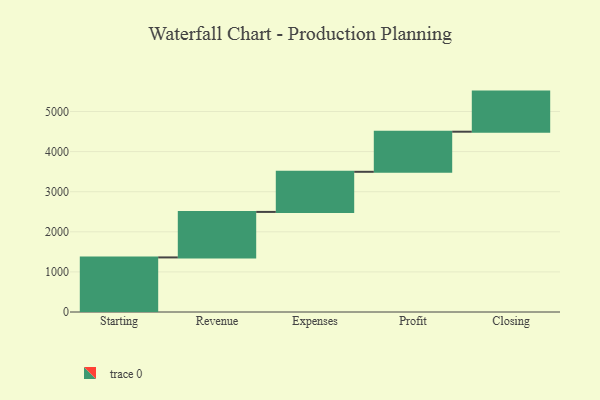
{"axis": {"x": "Step", "y": "Value"}, "legend": [""], "data": [{"x": "Starting", "y": 1361.0, "type": ""}, {"x": "Revenue", "y": 1135.0, "type": ""}, {"x": "Expenses", "y": 1000, "type": ""}, {"x": "Profit", "y": 1000, "type": ""}, {"x": "Closing", "y": 1000, "type": ""}]}